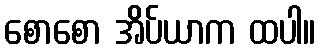
စောစော အိပ်ယာက ထပါ။